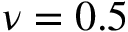
\nu = 0 . 5